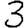
Digit: 3